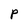
Character: P